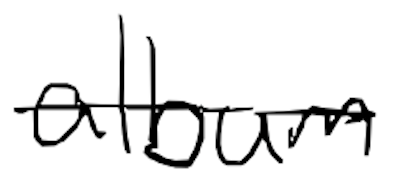
Text: album
Cross-out: single-line
Writing tool: digital_black